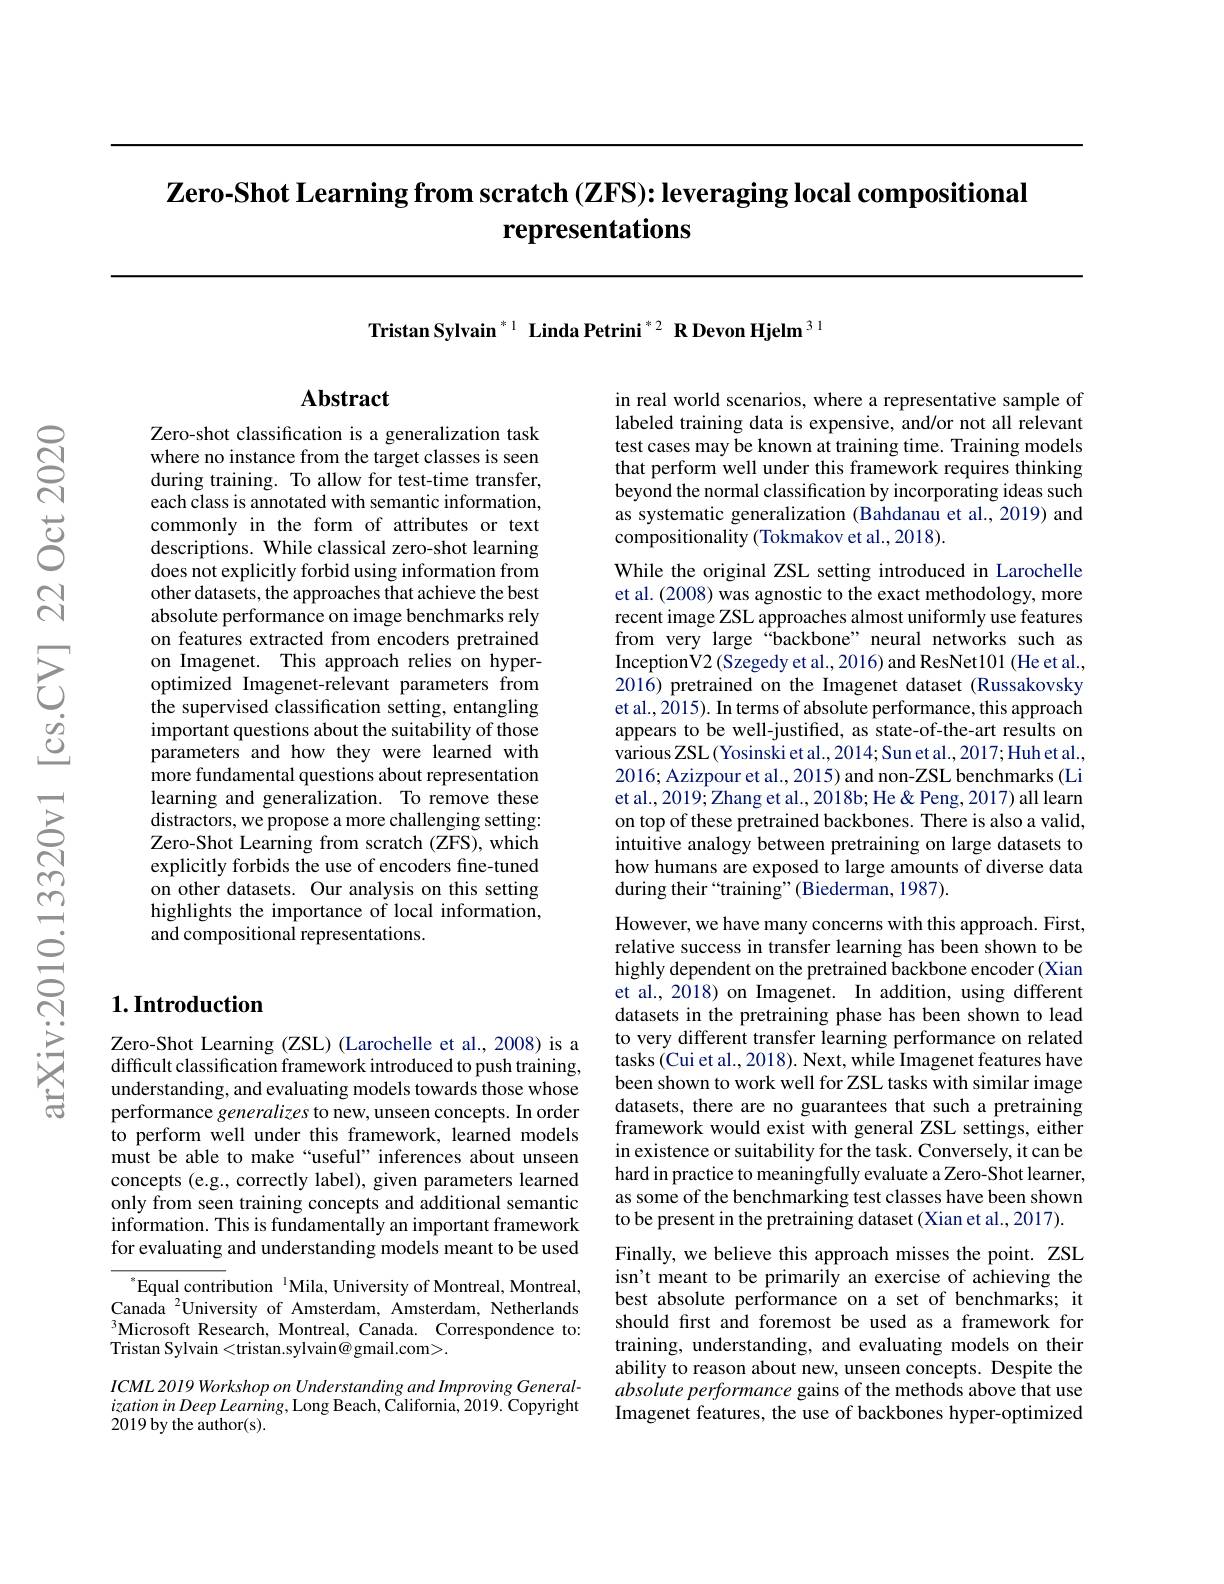
$\textbf{Zero- Shot Learning from scratch }( \textbf{ZFS}) {: }\textbf{leveraging local compositional}$
# representations

Tristan Sylvain $^{*1}$ Linda Petrini $^{*2}\textbf{RDevonHjelm}^{31}$

## $\mathbf{Abstract}$

Zero-shot classification is a generalization task where no instance from the target classes is seen during training. To allow for test-time transfer, each class is annotated with semantic information, commonly in the form of attributes or text descriptions. While classical zero-shot learning does not explicitly forbid using information from other datasets, the approaches that achieve the best absolute performance on image benchmarks rely on features extracted from encoders pretrained on Imagenet. This approach relies on hyperoptimized Imagenet-relevant parameters from the supervised classification setting, entangling important questions about the suitability of those parameters and how they were learned with more fundamental questions about representation learning and generalization. To remove these distractors, we propose a more challenging setting: Zero-Shot Learning from scratch (ZFS), which explicitly forbids the use of encoders fine-tuned on other datasets. Our analysis on this setting highlights the importance of local information, and compositional representations.

## $1. \textbf{Introduction}$

Zero-Shot Learning (ZSL) (Larochelle et al., 2008) is a difficult classification framework introduced to push training, understanding, and evaluating models towards those whose performance generalizes to new, unseen concepts. In order to perform well under this framework, learned models must be able to make “useful” inferences about unseen concepts (e.g., correctly label), given parameters learned only from seen training concepts and additional semantic information. This is fundamentally an important framework for evaluating and understanding models meant to be used

$^{*}$Equal contribution$^{\text{1}}$Mila, University of Montreal, Montreal, Canada $^{2}$University of Amsterdam, Amsterdam, Netherlands $^{3}$Microsoft Research, Montreal, Canada. Correspondence to: Tristan Sylvain <tristan.sylvain@gmail.com>.

ICML 2019 Workshop on Understanding and Improving General- $izationinDeepLearning$,Long Beach, California, 2019. Copyright 2019 by the author(s).

in real world scenarios, where a representative sample of labeled training data is expensive, and/or not all relevant test cases may be known at training time. Training models that perform well under this framework requires thinking beyond the normal classification by incorporating ideas such as systematic generalization (Bahdanau et al., 2019) and compositionality (Tokmakov et al., 2018).

While the original ZSL setting introduced in Larochelle et al. (2008) was agnostic to the exact methodology, more recent image ZSL approaches almost uniformly use features from very large “backbone” neural networks such as InceptionV2 (Szegedy et al., 2016) and ResNet101 (He et al., 2016) pretrained on the Imagenet dataset (Russakovsky et al., 2015). In terms of absolute performance, this approach appears to be well-justified, as state-of-the-art results on various ZSL (Yosinski et al., 2014; Sun et al., 2017; Huh et al., 2016; Azizpour et al., 2015) and non-ZSL benchmarks (Li et al., 2019; Zhang et al., 2018b; He & Peng, 2017) all learn on top of these pretrained backbones. There is also a valid, intuitive analogy between pretraining on large datasets to how humans are exposed to large amounts of diverse data during their “training”(Biederman, 1987).
However, we have many concerns with this approach. First, relative success in transfer learning has been shown to be highly dependent on the pretrained backbone encoder (Xian et al., 2018) on Imagenet. In addition, using different datasets in the pretraining phase has been shown to lead to very different transfer learning performance on related tasks (Cui et al., 2018). Next, while Imagenet features have been shown to work well for ZSL tasks with similar image datasets, there are no guarantees that such a pretraining framework would exist with general ZSL settings, either in existence or suitability for the task. Conversely, it can be hard in practice to meaningfully evaluate a Zero-Shot learner, as some of the benchmarking test classes have been shown to be present in the pretraining dataset (Xian et al., 2017).
Finally, we believe this approach misses the point. ZSL isn't meant to be primarily an exercise of achieving the best absolute performance on a set of benchmarks; it should first and foremost be used as a framework for training, understanding, and evaluating models on their ability to reason about new, unseen concepts. Despite the absolute performance gains of the methods above that use Imagenet features, the use of backbones hyper-optimized